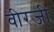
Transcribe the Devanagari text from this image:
वीरजी